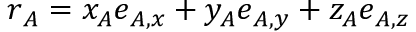
\boldsymbol { r } _ { A } = x _ { A } \boldsymbol { e } _ { A , x } + y _ { A } \boldsymbol { e } _ { A , y } + z _ { A } \boldsymbol { e } _ { A , z }